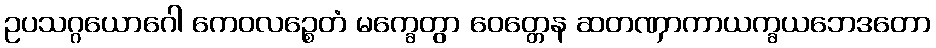
ဥပသဂ္ဂယောဂေါ ကေဝလဉ္စေတံ မက္ခေတွာ ဝေတ္တေန ဆတဏှာကာယက္ခယဘေဒတော